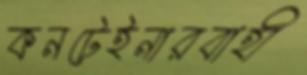
কনটেইনারবাহী